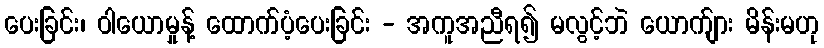
ပေးခြင်း၊ ဝါယောမှုန့် ထောက်ပံ့ပေးခြင်း - အကူအညီရ၍ မလွင့်ဘဲ ယောက်ျား မိန်းမဟု